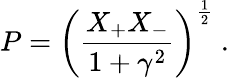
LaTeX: P=\left(\frac{X_{+}X_{-}}{1+\gamma^{2}}\right)^{\frac{1}{2}}\ .